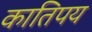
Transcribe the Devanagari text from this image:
कातिपय